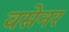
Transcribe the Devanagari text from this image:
वसेनर